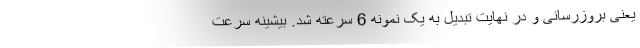
یعنی بروزرسانی و در نهایت تبدیل به یک نمونه 6 سرعته شد. بیشینه سرعت